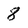
Character: 8